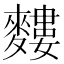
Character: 𪍣